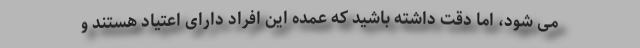
می شود، اما دقت داشته باشید که عمده این افراد دارای اعتیاد هستند و